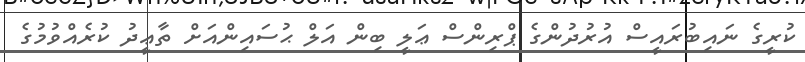
ކުރީގެ ނައިބުރައީސް އުރުދުންގެ ޕްރިންސް ޢަލީ ބިން އަލް ޙުސައިންއަށް ތާޢީދު ކުރެއްވުމުގެ